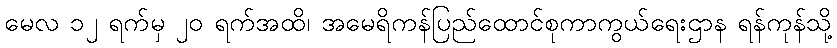
မေလ ၁၂ ရက်မှ ၂၀ ရက်အထိ၊ အမေရိကန်ပြည်ထောင်စုကာကွယ်ရေးဌာန ရန်ကုန်သို့